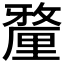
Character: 𨤲